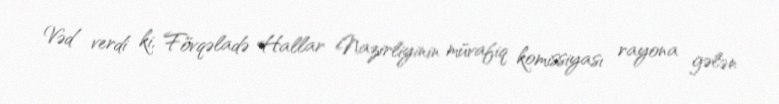
Vəd verdi ki, Fövqəladə Hallar Nazirliyinin müvafiq komissiyası rayona gələn